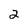
Character: 2